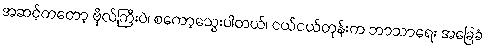
အဆင့်ကတော့ ဗိုလ်ကြီးပဲ၊ စကော့သွေးပါတယ်၊ ငယ်ငယ်တုန်းက ဘာသာရေး အခြေခံ